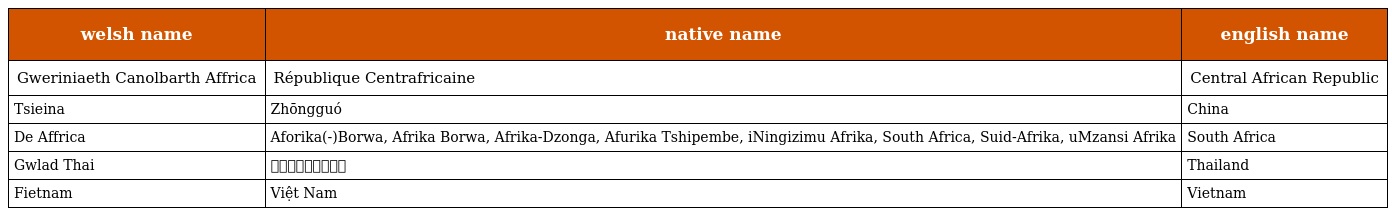
| welsh name | native name | english name |
 | --- | --- | --- |
 | Gweriniaeth Canolbarth Affrica | République Centrafricaine | Central African Republic |
 | Tsieina | Zhōngguó | China |
 | De Affrica | Aforika(-)Borwa, Afrika Borwa, Afrika-Dzonga, Afurika Tshipembe, iNingizimu Afrika, South Africa, Suid-Afrika, uMzansi Afrika | South Africa |
 | Gwlad Thai | ประเทศไทย | Thailand |
 | Fietnam | Việt Nam | Vietnam |